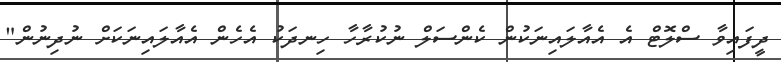
ދީފައިވާ ސްލޮޓް އެ އެއާލައިނަކުން ކެންސަލް ނުކުރާހާ ހިނދަކު އެހެން އެއާލައިނަކަށް ނުދިނުން"